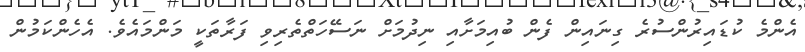
އެންމެ ކުޑައިރުންސުރެ ގިނައިން ފެން ބުއިމަށާއި ނިދުމަށް ނަސޭހަތްތެރިވި ފަރާތަކީ މަންމައެވެ. އެހެންކަމުން